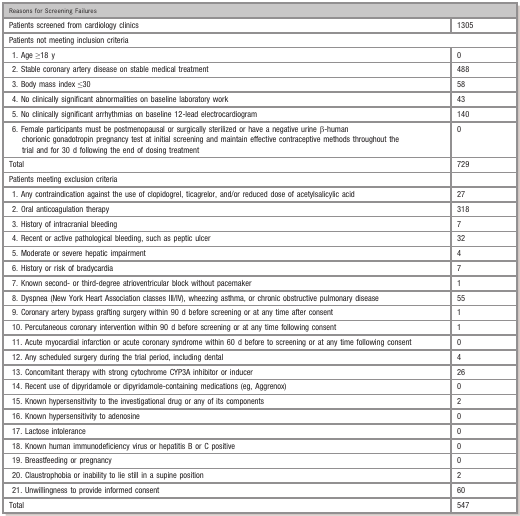
<table><thead><tr><td colspan="2"><b>Reasons for Screening Failures</b></td></tr></thead><tbody><tr><td>Patients screened from cardiology clinics</td><td>1305</td></tr><tr><td colspan="2">Patients not meeting inclusion criteria</td></tr><tr><td> 1. Age ≥18 y</td><td>0</td></tr><tr><td> 2. Stable coronary artery disease on stable medical treatment</td><td>488</td></tr><tr><td> 3. Body mass index ≤30</td><td>58</td></tr><tr><td> 4. No clinically significant abnormalities on baseline laboratory work</td><td>43</td></tr><tr><td> 5. No clinically significant arrhythmias on baseline 12‐lead electrocardiogram</td><td>140</td></tr><tr><td> 6. Female participants must be postmenopausal or surgically sterilized or have a negative urine β‐human chorionic gonadotropin pregnancy test at initial screening and maintain effective contraceptive methods throughout the trial and for 30 d following the end of dosing treatment</td><td>0</td></tr><tr><td>Total</td><td>729</td></tr><tr><td>Patients meeting exclusion criteria</td><td></td></tr><tr><td> 1. Any contraindication against the use of clopidogrel, ticagrelor, and/or reduced dose of acetylsalicylic acid</td><td>27</td></tr><tr><td> 2. Oral anticoagulation therapy</td><td>318</td></tr><tr><td> 3. History of intracranial bleeding</td><td>7</td></tr><tr><td> 4. Recent or active pathological bleeding, such as peptic ulcer</td><td>32</td></tr><tr><td> 5. Moderate or severe hepatic impairment</td><td>4</td></tr><tr><td> 6. History or risk of bradycardia</td><td>7</td></tr><tr><td> 7. Known second‐ or third‐degree atrioventricular block without pacemaker</td><td>1</td></tr><tr><td> 8. Dyspnea (New York Heart Association classes III/IV), wheezing asthma, or chronic obstructive pulmonary disease</td><td>55</td></tr><tr><td> 9. Coronary artery bypass grafting surgery within 90 d before screening or at any time after consent</td><td>1</td></tr><tr><td> 10. Percutaneous coronary intervention within 90 d before screening or at any time following consent</td><td>1</td></tr><tr><td> 11. Acute myocardial infarction or acute coronary syndrome within 60 d before to screening or at any time following consent</td><td>0</td></tr><tr><td> 12. Any scheduled surgery during the trial period, including dental</td><td>4</td></tr><tr><td> 13. Concomitant therapy with strong cytochrome CYP3A inhibitor or inducer</td><td>26</td></tr><tr><td> 14. Recent use of dipyridamole or dipyridamole‐containing medications (eg, Aggrenox)</td><td>0</td></tr><tr><td> 15. Known hypersensitivity to the investigational drug or any of its components</td><td>2</td></tr><tr><td> 16. Known hypersensitivity to adenosine</td><td>0</td></tr><tr><td> 17. Lactose intolerance</td><td>0</td></tr><tr><td> 18. Known human immunodeficiency virus or hepatitis B or C positive</td><td>0</td></tr><tr><td> 19. Breastfeeding or pregnancy</td><td>0</td></tr><tr><td> 20. Claustrophobia or inability to lie still in a supine position</td><td>2</td></tr><tr><td> 21. Unwillingness to provide informed consent</td><td>60</td></tr><tr><td>Total</td><td>547</td></tr></tbody></table>